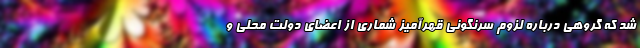
شد که گروهی درباره لزوم سرنگونی قهرآمیز شماری از اعضای دولت محلی و